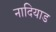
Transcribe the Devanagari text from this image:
नादियाड